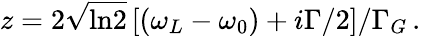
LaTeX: z=2\sqrt{\mathrm{ln2}}\, [(\omega_{L}-\omega_{0})+i\Gamma/2]/\Gamma_{G}\, .